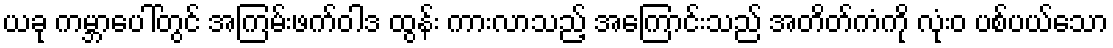
ယခု ကမ္ဘာပေါ်တွင် အကြမ်းဖက်ဝါဒ ထွန်း ကားလာသည့် အကြောင်းသည် အတိတ်ကံကို လုံးဝ ပစ်ပယ်သော